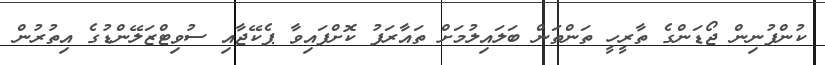
ކުންފުނިން ޖޯޑަންގެ ތާރީހީ ތަންތަން ބަލައިލުމަށް ތައާރަފު ކޮށްފައިވާ ޕެކޭޖާއި ސުވިޓްޒަލޭންޑުގެ އިތުރުން